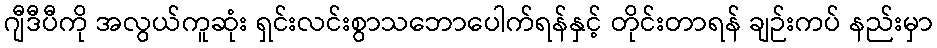
ဂျီဒီပီကို အလွယ်ကူဆုံး ရှင်းလင်းစွာသဘောပေါက်ရန်နှင့် တိုင်းတာရန် ချဉ်းကပ် နည်းမှာ